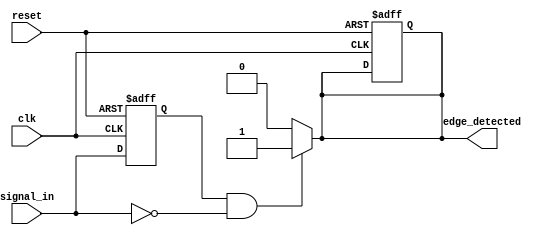
module negative_edge_detector (
    input wire clk,          // Clock signal
    input wire reset,        // Reset signal
    input wire signal_in,    // Input signal to be monitored
    output reg edge_detected  // Output signal indicating a negative edge
);

    reg previous_signal;     // Memory element to store the previous state of signal_in

    // Always block to handle the reset and update previous_signal on the rising edge of the clock
    always @(posedge clk or posedge reset) begin
        if (reset) begin
            previous_signal <= 1'b0; // Initialize to known state on reset
            edge_detected <= 1'b0;    // Clear edge_detected on reset
        end else begin
            previous_signal <= signal_in; // Update previous_signal with current signal_in
        end
    end

    // Combinational logic to detect negative edge
    always @(*) begin
        // Detect negative edge: current signal_in is 0 and previous_signal is 1
        if (previous_signal == 1'b1 && signal_in == 1'b0) begin
            edge_detected = 1'b1; // Set edge_detected high for one clock cycle
        end else begin
            edge_detected = 1'b0; // Clear edge_detected otherwise
        end
    end

endmodule